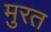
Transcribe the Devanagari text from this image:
मुरत